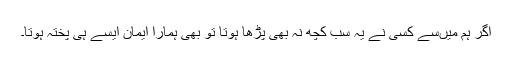
اگر ہم میں‌سے کسی نے یہ سب کچھ نہ بھی پڑھا ہوتا تو بھی ہمارا ایمان ایسے ہی پختہ ہوتا۔